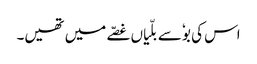
اس کی بوٗ سے بلّیاں غصّے میں تھیں۔